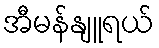
အီမန်နျူရယ်